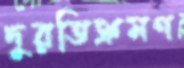
দুরতিক্রমণ